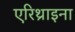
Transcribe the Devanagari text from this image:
एरिथ्राइना